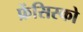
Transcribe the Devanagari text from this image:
फ्रेंसिस्‍को